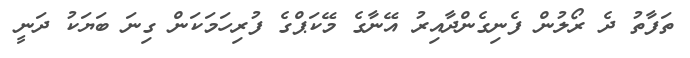
ތަފާތު ދެ ރޯލުން ފެނިގެންދާއިރު އޭނާގެ މޭކަޕްގެ ފުރިހަމަކަން ގިނަ ބަޔަކު ދަނީ